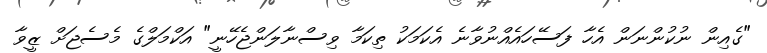
"ގެއިން ނުކުންނަން އެހާ ފަސޭހައެއްނުވާނެ އެކަމަކު ތިކަމާ ވިސްނާލަންޖެހޭނީ" އަކްމަލްގެ މެސެޖަށް ޒީވާ